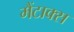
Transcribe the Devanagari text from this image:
मैंटाक्स